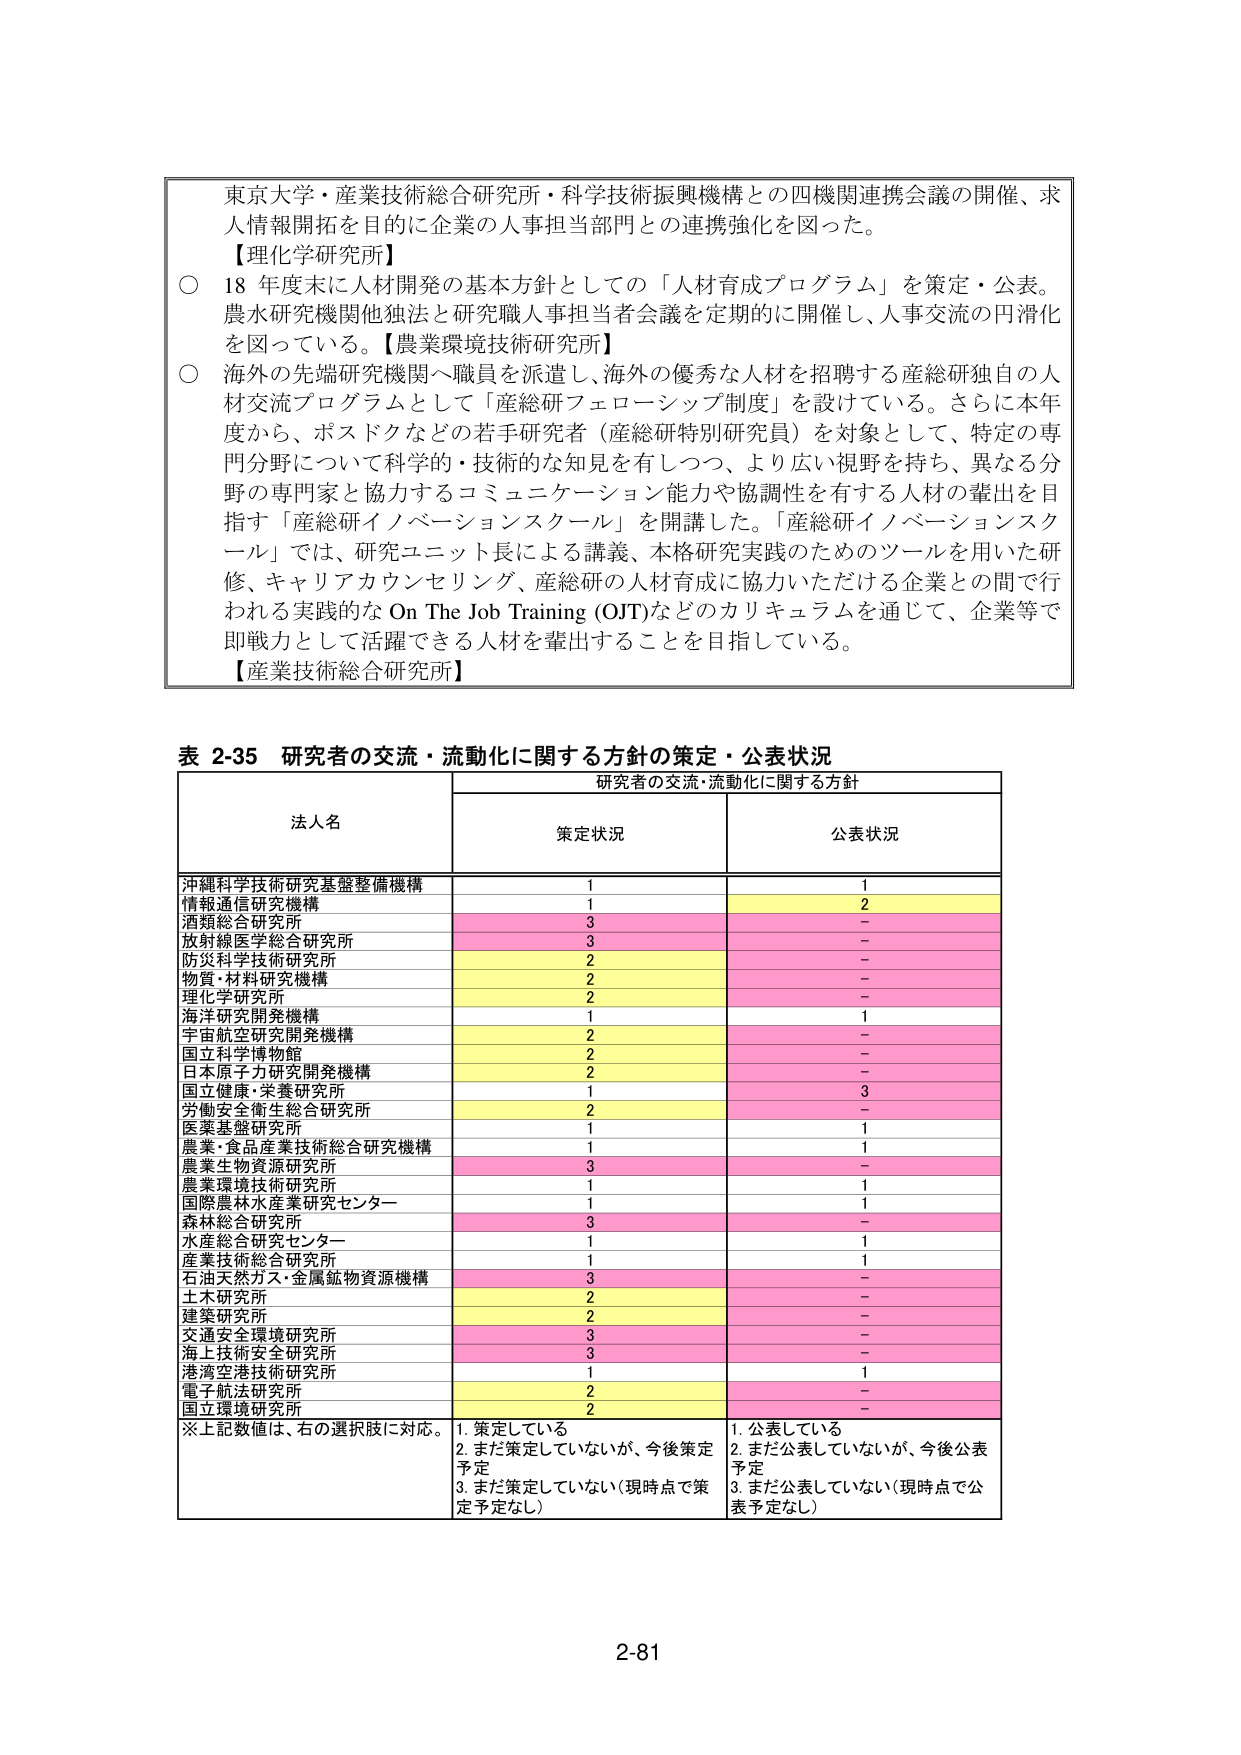
東京大学・産業技術総合研究所・科学技術振興機構との四機関連携会議の開催、求人情報開拓を目的に企業の人事担当部門との連携強化を図った。

【理化学研究所】
○ 18年度末に人材開発の基本方針としての「人材育成プログラム」を策定・公表。農水研究機関他独法と研究職人事担当者会議を定期的に開催し、人事交流の円滑化を図っている。【農業環境技術研究所】

○ 海外の先端研究機関へ職員を派遣し、海外の優秀な人材を招聘する産総研独自の人材交流プログラムとして「産総研フェローシップ制度」を設けている。さらに本年度から、ポスドクなどの若手研究者（産総研特別研究員）を対象として、特定の専門分野について科学的・技術的な知見を有しつつ、より広い視野を持ち、異なる分野の専門家と協力するコミュニケーション能力や協調性を有する人材の輩出を目指す「産総研イノベーションスクール」を開講した。「産総研イノベーションスクール」では、研究ユニット長による講義、本格研究実践のためのツールを用いた研修、キャリアカウンセリング、産総研の人材育成に協力いただける企業との間で行われる実践的な On The Job Training (OJT)などのカリキュラムを通じて、企業等で即戦力として活躍できる人材を輩出することを目指している。

【産業技術総合研究所】

表 2-35 研究者の交流・流動化に関する方針の策定・公表状況

| 法人名 | 研究者の交流・流動化に関する方針 | | |
| :--- | :--- | :--- | :--- |
| | 策定状況 | 公表状況 | |
| 沖縄科学技術研究基盤整備機構 | 1 | 1 | |
| 情報通信研究機構 | 1 | 2 | |
| 酒類総合研究所 | 3 | - | |
| 放射線医学総合研究所 | 3 | - | |
| 防災科学技術研究所 | 2 | - | |
| 物質・材料研究機構 | 2 | - | |
| 理化学研究所 | 2 | - | |
| 海洋研究開発機構 | 1 | 1 | |
| 宇宙航空研究開発機構 | 2 | - | |
| 国立科学博物館 | 2 | - | |
| 日本原子力研究開発機構 | 2 | - | |
| 国立健康・栄養研究所 | 1 | 3 | |
| 労働安全衛生総合研究所 | 2 | - | |
| 医薬基盤研究所 | 1 | 1 | |
| 農業・食品産業技術総合研究機構 | 1 | 1 | |
| 農業生物資源研究所 | 3 | - | |
| 農業環境技術研究所 | 1 | 1 | |
| 国際農林水産業研究センター | 1 | 1 | |
| 森林総合研究所 | 3 | - | |
| 水産総合研究センター | 1 | 1 | |
| 産業技術総合研究所 | 1 | 1 | |
| 石油天然ガス・金属鉱物資源機構 | 3 | - | |
| 土木研究所 | 2 | - | |
| 建築研究所 | 2 | - | |
| 交通安全環境研究所 | 3 | - | |
| 海上技術安全研究所 | 3 | - | |
| 港湾空港技術研究所 | 1 | 1 | |
| 電子航法研究所 | 2 | - | |
| 国立環境研究所 | 2 | - | |

※上記数値は、右の選択肢に対応。
1. 策定している
2. まだ策定していないが、今後策定予定
3. まだ策定していない（現時点で策定予定なし）

1. 公表している
2. まだ公表していないが、今後公表予定
3. まだ公表していない（現時点で公表予定なし）

2-81